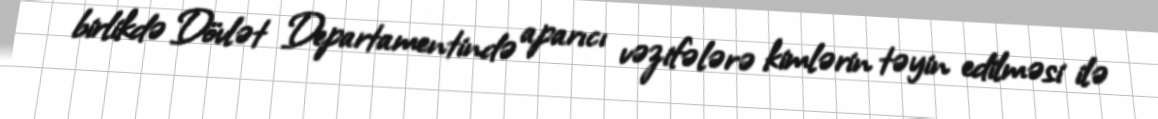
birlikdə Dövlət Departamentində aparıcı vəzifələrə kimlərin təyin edilməsi ilə